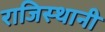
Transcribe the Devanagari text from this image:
राजिस्थानी